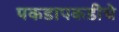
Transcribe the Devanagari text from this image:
पकडापकडीचे